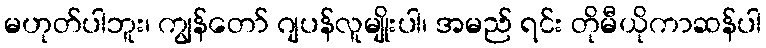
မဟုတ်ပါဘူး၊ ကျွန်တော် ဂျပန်လူမျိုးပါ၊ အမည် ရင်း တိုမီယိုကာဆန်ပါ